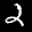
Label: 2